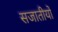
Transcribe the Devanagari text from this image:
सजातीयों